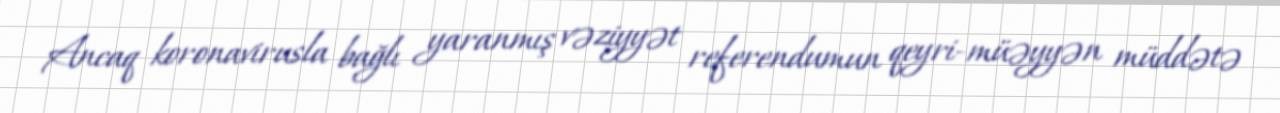
Ancaq koronavirusla bağlı yaranmış vəziyyət referendumun qeyri-müəyyən müddətə